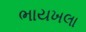
ભાયખલા